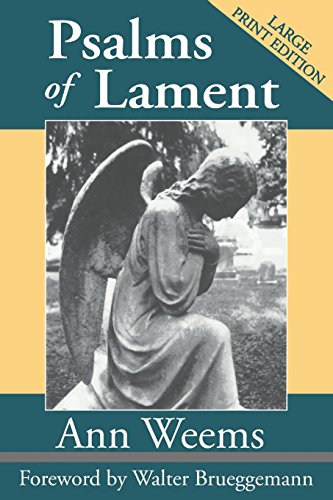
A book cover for Psalms of Lament (Large Print Edition); Ann Weems; Christian Books & Bibles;